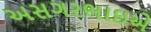
અસગરભાઇએ